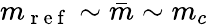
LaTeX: m_{\mathrm{~r~e~f~}}\sim\bar{m}\sim m_{c}